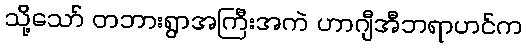
သို့သော် တဘားရွာအကြီးအကဲ ဟာဂျီအီဘရာဟင်က